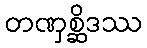
တဏှစ္ဆိဒဿ